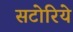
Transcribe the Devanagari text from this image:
सटोरिये